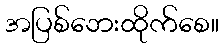
အပြစ်ဘေးထိုက်စေ။